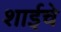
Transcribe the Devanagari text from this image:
शाईचे